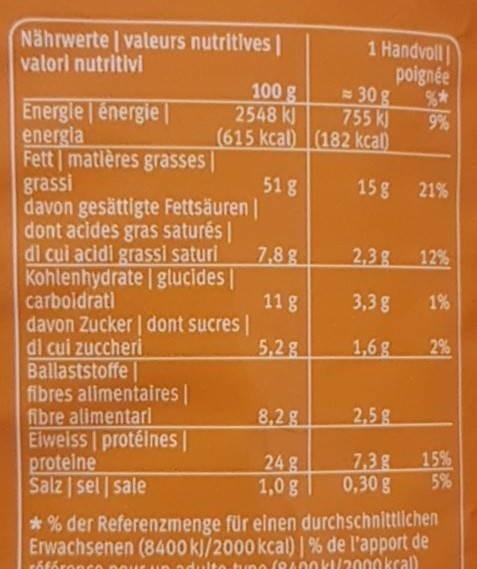
Nährwerte | valeurs nutritives |
valori nutritivi
100 g
2548 kJ
(615 kcal)
Energie énergie|
energia
Fett matières grasses |
grassi
davon gesättigte Fettsäuren | dont acides gras saturés | di cui acidi grassi saturi Kohlenhydrate | glucides | carboidratl
davon Zucker | dont sucres | di cui zuccheri Ballaststoffe
fibres alimentaires | fibre alimentari Elweiss | protéines |
proteine
Salz sel sale
51 g
7,8 g
11 g
5,2 g
8,2%
24 g
1,0 g
1 Handvoll
poignée
%*
9%
30 g
755 kJ
(182 kcal)
15 g
2,38
3,3 g
1,6g
2,5 g
21%
12%
1%
2%
7,3g 15% 5%
0,30 g
*% der Referenzmenge für einen durchschnittlichen Erwachsenen (8400 kJ/2000 kcal) | % de l'apport de rófóronce pou un adulto tuno (8400k1/2000 kcal)